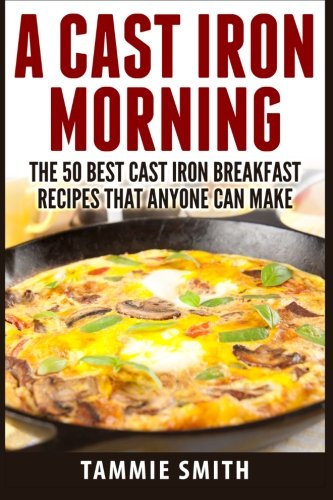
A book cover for A Cast Iron Morning: The 50 Best Cast Iron Breakfast Recipes That Anyone Can Make; Tammie Smith; Cookbooks, Food & Wine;